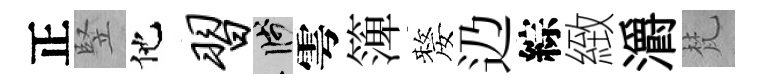
正竪他习箋雩𥱼嫠辸綜緻灂梵